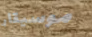
موسيقار